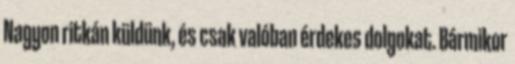
Nagyon ritkán küldünk, és csak valóban érdekes dolgokat. Bármikor